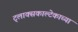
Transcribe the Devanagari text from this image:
ट्लाक्सकाल्टेकाच्या